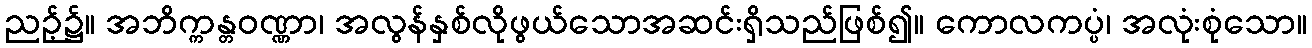
ညဉ့်၌။ အဘိက္ကန္တဝဏ္ဏာ၊ အလွန်နှစ်လိုဖွယ်သောအဆင်းရှိသည်ဖြစ်၍။ ကောလကပ္ပံ၊ အလုံးစုံသော။